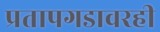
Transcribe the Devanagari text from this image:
प्रतापगडावरही